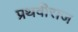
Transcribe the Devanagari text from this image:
प्रथवीराज